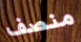
منصف